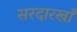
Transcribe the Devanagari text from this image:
सरदारखाँ